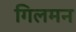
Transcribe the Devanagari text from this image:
गिलमन